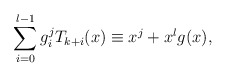
\begin{align*}\sum_{i=0}^{l-1}g_i^j T_{k+i}(x)\equiv x^j+x^lg(x),\end{align*}